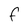
Character: f